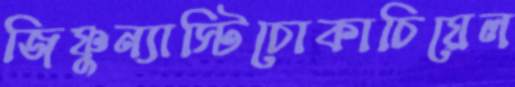
জিষ্ণুন্যাস্টিচোকাচিয়েল